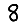
Digit: 8